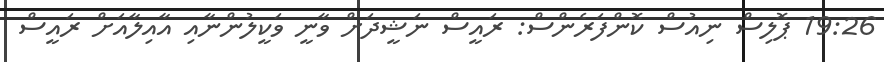
19:26 ޕޮލިސް ނިއުސް ކޮންފަރެންސް: ރައީސް ނަޝީދަށް ވާނީ ވަކީލުންނާއި އާއިލާއަށް ރައީސް